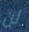
لن